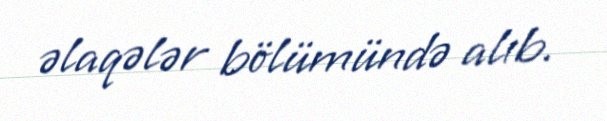
əlaqələr bölümündə alıb.